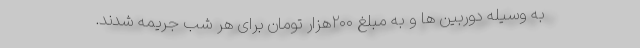
به وسیله دوربین ها و به مبلغ ۲۰۰هزار تومان برای هر شب جریمه شدند.